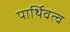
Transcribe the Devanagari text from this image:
पार्थिवत्व